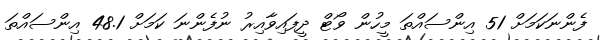
ފެންނަކަމަށް 51 އިންސައްތަ މީހުން ވޯޓް ދީފައިވާއިރު ނުފެންނަ ކަމަށް 48.1 އިންސައްތަ